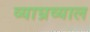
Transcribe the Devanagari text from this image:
व्याघ्रव्याल